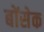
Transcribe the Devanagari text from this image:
बोंसेक